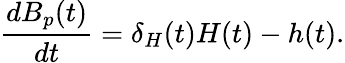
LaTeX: \frac{dB_{p}(t)}{dt}=\delta_{H}(t)H(t)-h(t).